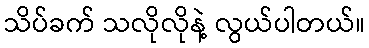
သိပ်ခက် သလိုလိုနဲ့ လွယ်ပါတယ်။